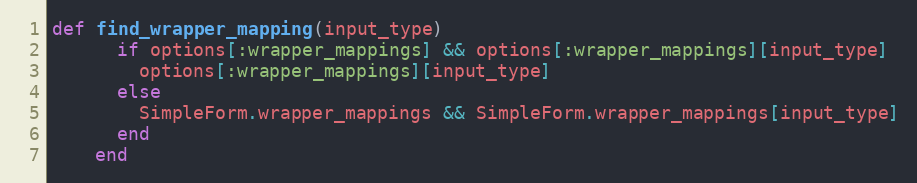
Language: Ruby
def find_wrapper_mapping(input_type)
      if options[:wrapper_mappings] && options[:wrapper_mappings][input_type]
        options[:wrapper_mappings][input_type]
      else
        SimpleForm.wrapper_mappings && SimpleForm.wrapper_mappings[input_type]
      end
    end